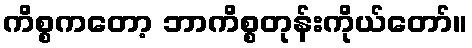
ကိစ္စကတော့ ဘာကိစ္စတုန်းကိုယ်တော်။